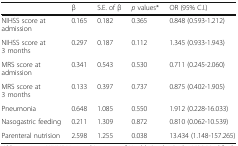
<table><thead><tr><td></td><td><b>β</b></td><td><b>S.E. of β</b></td><td><b><i>p</i> values*</b></td><td><b>OR (95% C.I.)</b></td></tr></thead><tbody><tr><td>NIHSS score at admission</td><td>0.165</td><td>0.182</td><td>0.365</td><td>0.848 (0.593-1.212)</td></tr><tr><td>NIHSS score at 3 months</td><td>0.297</td><td>0.187</td><td>0.112</td><td>1.345 (0.933-1.943)</td></tr><tr><td>MRS score at admission</td><td>0.341</td><td>0.543</td><td>0.530</td><td>0.711 (0.245-2.060)</td></tr><tr><td>MRS score at 3 months</td><td>0.133</td><td>0.397</td><td>0.737</td><td>0.875 (0.402-1.905)</td></tr><tr><td>Pneumonia</td><td>0.648</td><td>1.085</td><td>0.550</td><td>1.912 (0.228-16.033)</td></tr><tr><td>Nasogastric feeding</td><td>0.211</td><td>1.309</td><td>0.872</td><td>0.810 (0.062-10.539)</td></tr><tr><td>Parenteral nutrision</td><td>2.598</td><td>1.255</td><td>0.038</td><td>13.434 (1.148-157.265)</td></tr></tbody></table>